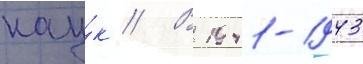
нау́к // В 1941-1943